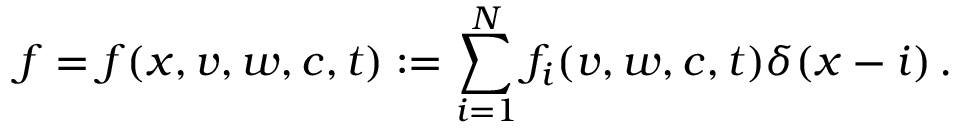
f = f ( x , v , w , c , t ) : = \sum _ { i = 1 } ^ { N } f _ { i } ( v , w , c , t ) \delta ( x - i ) \, .